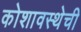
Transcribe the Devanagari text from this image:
कोशावस्थेची